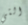
التي